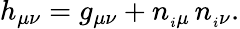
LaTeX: h_{\mu\nu}=g_{\mu\nu}+n_{_i\mu}\, n_{_i\nu}.